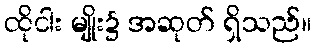
ထိုငါး မျိုး၌ အဆုတ် ရှိသည်။